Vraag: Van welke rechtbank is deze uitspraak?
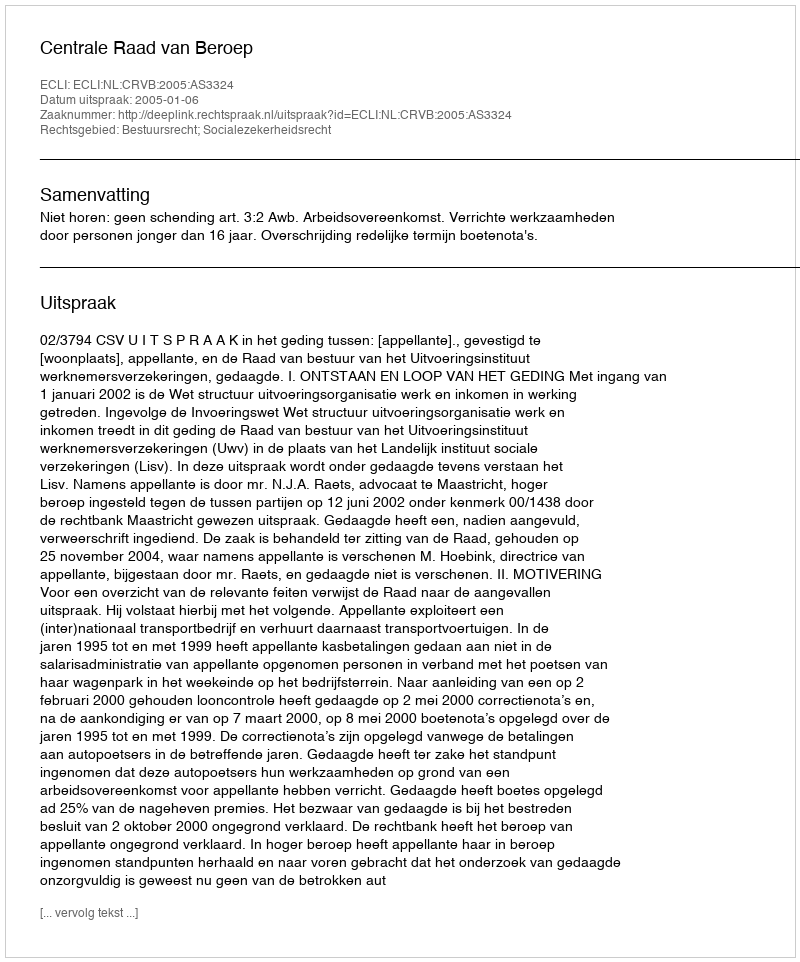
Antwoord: Centrale Raad van Beroep